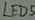
Text: LED5